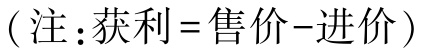
（注：获利 = 售价 - 进价）